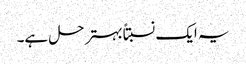
یہ ایک نسبتاًبہتر حل ہے۔